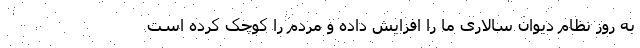
به روز نظام دیوان سالاری ما را افزایش داده و مردم را کوچک کرده است